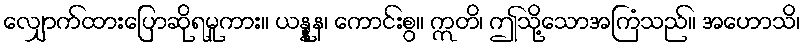
လျှောက်ထားပြောဆိုရမူကား။ ယန္နုန၊ ကောင်းစွ။ ဣတိ၊ ဤသို့သောအကြံသည်။ အဟောသိ၊